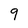
Character: 9